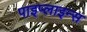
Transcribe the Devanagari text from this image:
पाइप्लाइन्स